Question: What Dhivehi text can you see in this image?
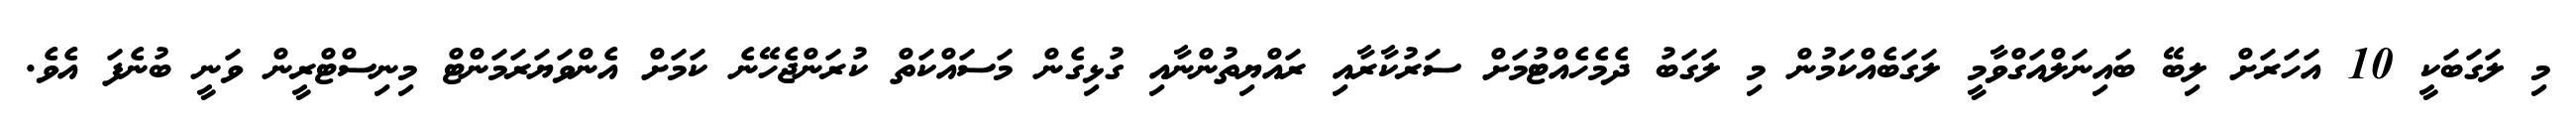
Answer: މި ލަގަބަކީ 10 އަހަރަށް ލިބޭ ބައިނަލްއަގްވާމީ ލަގަބެއްކަމުން މި ލަގަބު ދެމެހެއްޓުމަށް ސަރުކާރާއި ރައްޔިތުންނާއި ގުޅިގެން މަސައްކަތް ކުރަންޖެހޭނެ ކަމަށް އެންވަޔަރަމަންޓް މިނިސްޓްރީން ވަނީ ބުނެފަ އެވެ.